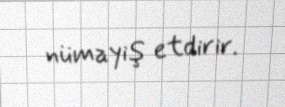
nümayiş etdirir.